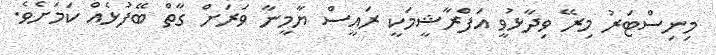
މިނިސްޓަރު މިރޭ ވިދާޅުވީ އަފްރާޝީމަކީ ރައީސް ޔާމީނާ ވަރަށް ގާތް ބޭފުޅެއް ކަމަށެވެ.